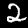
Digit: 2